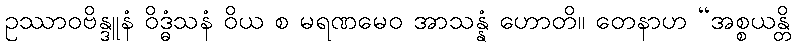
ဥဿာဝဗိန္ဒူနံ ဝိဒ္ဓံသနံ ဝိယ စ မရဏမေဝ အာသန္နံ ဟောတိ။ တေနာဟ “အစ္စယန္တိ